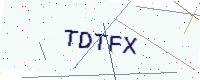
Text: TDTFX